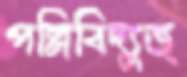
পল্লিবিদ্যুত্